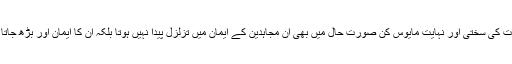
حالات کی سختی اور نہایت مایوس کن صورت حال میں بھی ان مجاہدین کے ایمان میں تزلزل پیدا نہیں ہوتا بلکہ ان کا ایمان اور بڑھ جاتا ہے۔